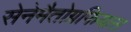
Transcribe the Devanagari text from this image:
सेनेमैतोग्रफियास